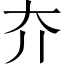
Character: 夰